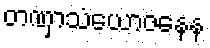
တဏှာသံယောဇနေန